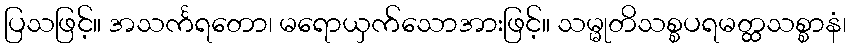
ပြသဖြင့်။ အသင်္ကရတော၊ မရောယှက်သောအားဖြင့်။ သမ္မုတိသစ္စပရမတ္ထသစ္စာနံ၊